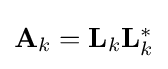
{\textstyle \mathbf {A} _{k}=\mathbf {L} _{k}\mathbf {L} _{k}^{*}}